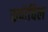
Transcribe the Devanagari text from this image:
स्कोविल